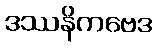
ဒဿနိကဗေဒ